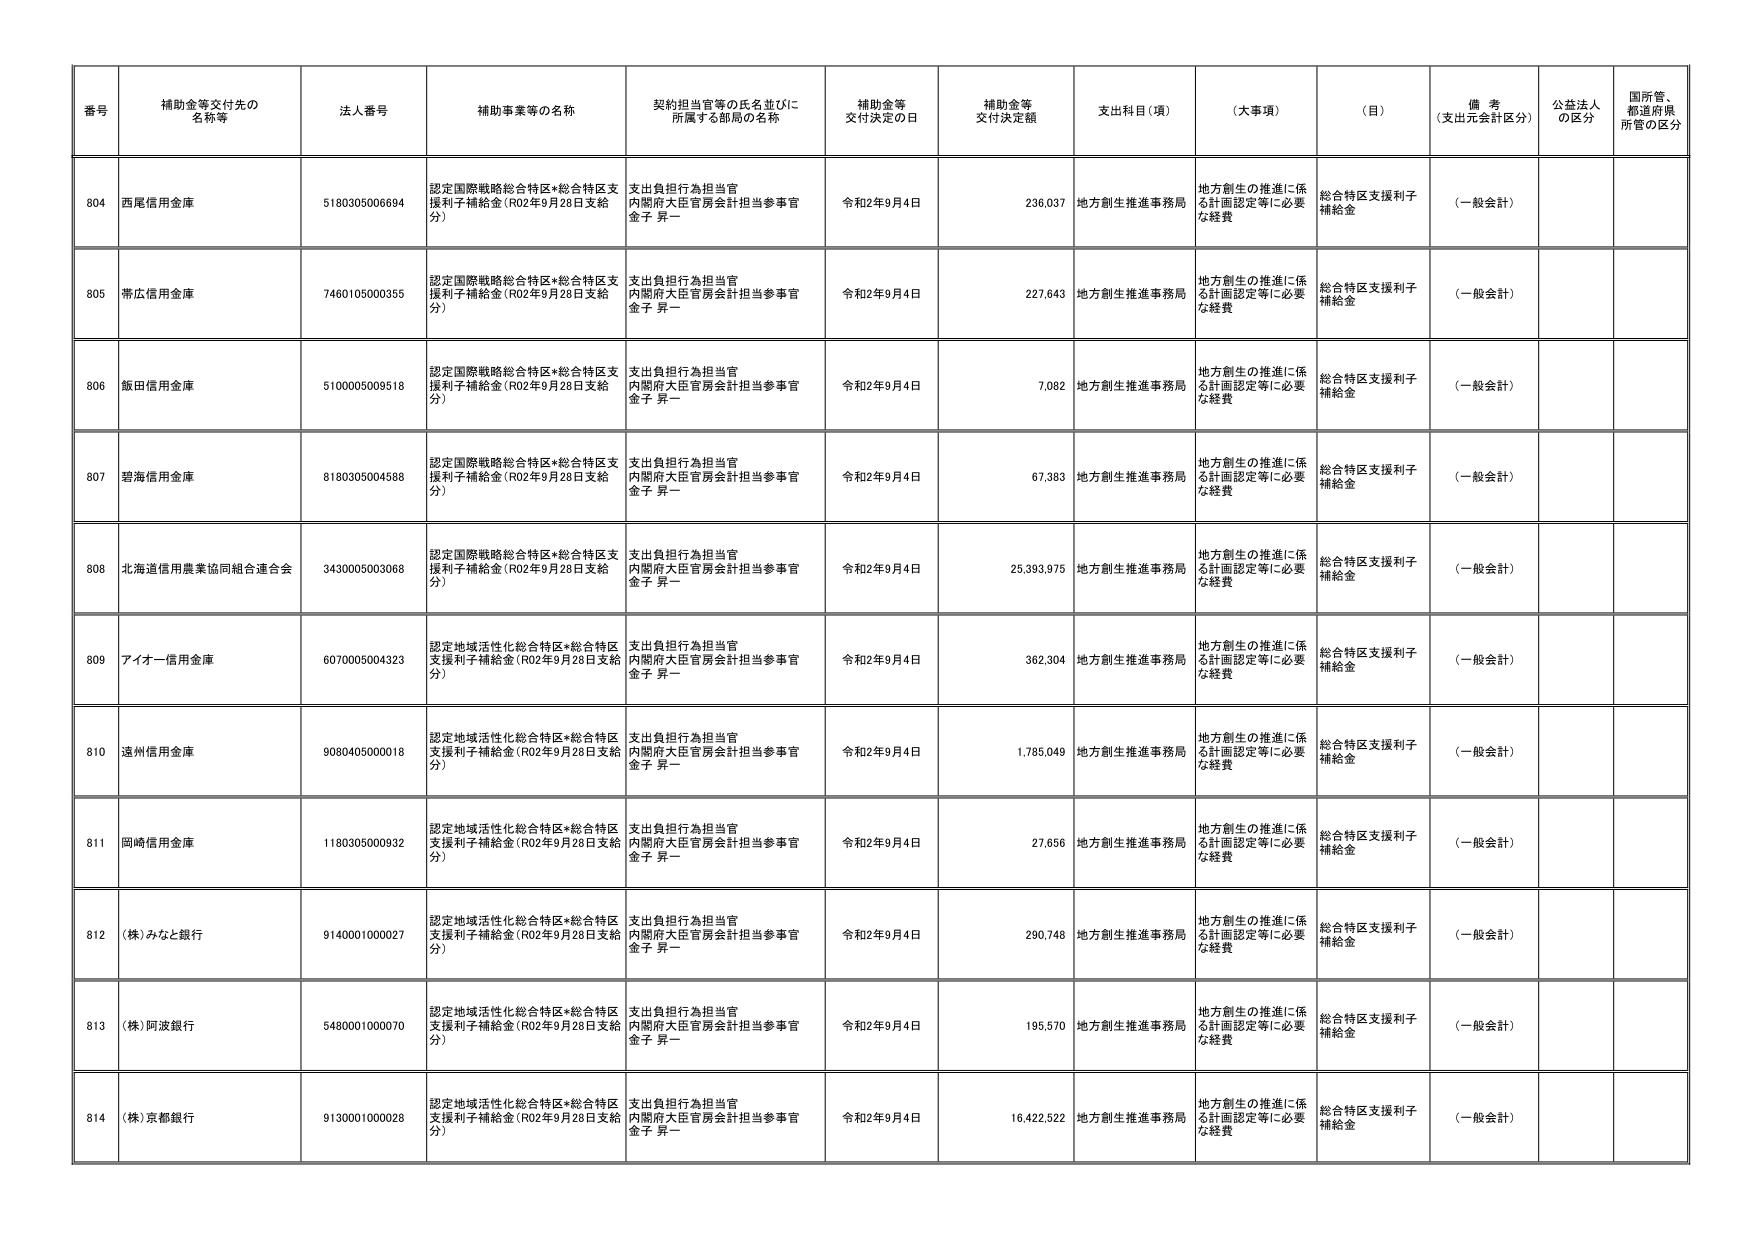
番号 補助金等交付先の名称等 法人番号 補助事業等の名称 契約担当官等の氏名並びに所属する部局の名称 補助金等交付決定の日 補助金等交付決定額 支出科目（項） （大事項） （目） 備考（支出元会計区分） 公益法人の区分 国所管、都道府県所管の区分
804 西尾信用金庫 5180305006694 認定国際戦略総合特区*総合特区支援利子補給金（R02年9月28日支給分） 支出負担行為担当官 内閣府大臣官房会計担当参事官 金子 昇一 令和2年9月4日 236,037 地方創生推進事務局 地方創生の推進に係る計画認定等に必要な経費 総合特区支援利子補給金 （一般会計）
805 帯広信用金庫 7460105000355 認定国際戦略総合特区*総合特区支援利子補給金（R02年9月28日支給分） 支出負担行為担当官 内閣府大臣官房会計担当参事官 金子 昇一 令和2年9月4日 227,643 地方創生推進事務局 地方創生の推進に係る計画認定等に必要な経費 総合特区支援利子補給金 （一般会計）
806 飯田信用金庫 5100005009518 認定国際戦略総合特区*総合特区支援利子補給金（R02年9月28日支給分） 支出負担行為担当官 内閣府大臣官房会計担当参事官 金子 昇一 令和2年9月4日 7,082 地方創生推進事務局 地方創生の推進に係る計画認定等に必要な経費 総合特区支援利子補給金 （一般会計）
807 碧海信用金庫 8180305004588 認定国際戦略総合特区*総合特区支援利子補給金（R02年9月28日支給分） 支出負担行為担当官 内閣府大臣官房会計担当参事官 金子 昇一 令和2年9月4日 67,383 地方創生推進事務局 地方創生の推進に係る計画認定等に必要な経費 総合特区支援利子補給金 （一般会計）
808 北海道信用農業協同組合連合会 3430005003068 認定国際戦略総合特区*総合特区支援利子補給金（R02年9月28日支給分） 支出負担行為担当官 内閣府大臣官房会計担当参事官 金子 昇一 令和2年9月4日 25,393,975 地方創生推進事務局 地方創生の推進に係る計画認定等に必要な経費 総合特区支援利子補給金 （一般会計）
809 アイオー信用金庫 6070005004323 認定地域活性化総合特区*総合特区支援利子補給金（R02年9月28日支給分） 支出負担行為担当官 内閣府大臣官房会計担当参事官 金子 昇一 令和2年9月4日 362,304 地方創生推進事務局 地方創生の推進に係る計画認定等に必要な経費 総合特区支援利子補給金 （一般会計）
810 遠州信用金庫 9080405000018 認定地域活性化総合特区*総合特区支援利子補給金（R02年9月28日支給分） 支出負担行為担当官 内閣府大臣官房会計担当参事官 金子 昇一 令和2年9月4日 1,785,049 地方創生推進事務局 地方創生の推進に係る計画認定等に必要な経費 総合特区支援利子補給金 （一般会計）
811 岡崎信用金庫 1180305000932 認定地域活性化総合特区*総合特区支援利子補給金（R02年9月28日支給分） 支出負担行為担当官 内閣府大臣官房会計担当参事官 金子 昇一 令和2年9月4日 27,656 地方創生推進事務局 地方創生の推進に係る計画認定等に必要な経費 総合特区支援利子補給金 （一般会計）
812 （株）みなと銀行 9140001000027 認定地域活性化総合特区*総合特区支援利子補給金（R02年9月28日支給分） 支出負担行為担当官 内閣府大臣官房会計担当参事官 金子 昇一 令和2年9月4日 290,748 地方創生推進事務局 地方創生の推進に係る計画認定等に必要な経費 総合特区支援利子補給金 （一般会計）
813 （株）阿波銀行 5480001000070 認定地域活性化総合特区*総合特区支援利子補給金（R02年9月28日支給分） 支出負担行為担当官 内閣府大臣官房会計担当参事官 金子 昇一 令和2年9月4日 195,570 地方創生推進事務局 地方創生の推進に係る計画認定等に必要な経費 総合特区支援利子補給金 （一般会計）
814 （株）京都銀行 9130001000028 認定地域活性化総合特区*総合特区支援利子補給金（R02年9月28日支給分） 支出負担行為担当官 内閣府大臣官房会計担当参事官 金子 昇一 令和2年9月4日 16,422,522 地方創生推進事務局 地方創生の推進に係る計画認定等に必要な経費 総合特区支援利子補給金 （一般会計）